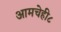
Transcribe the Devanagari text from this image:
आमचेही८